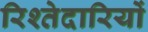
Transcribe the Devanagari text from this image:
रिश्तेदारियों